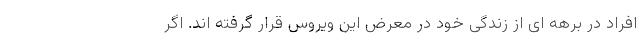
افراد در برهه ای از زندگی خود در معرض این ویروس قرار گرفته اند. اگر